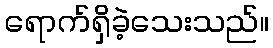
ရောက်ရှိခဲ့သေးသည်။